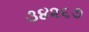
૩૪૨૬૭